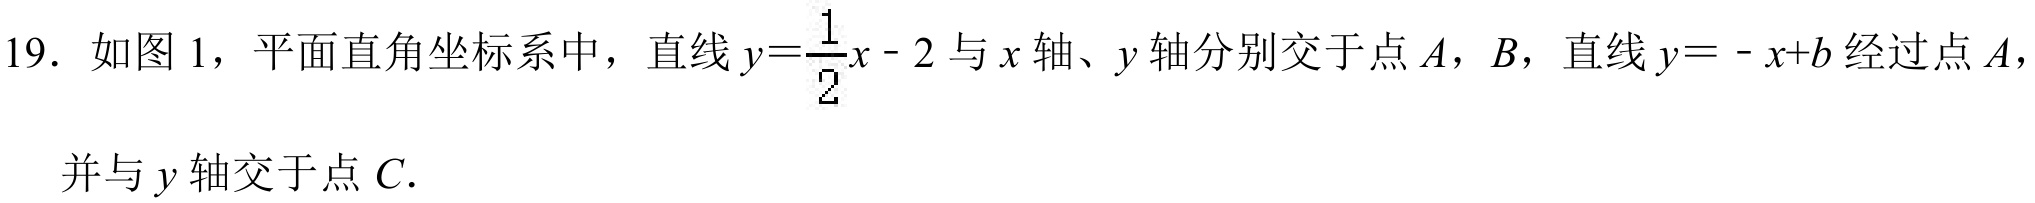
19. 如图 1，平面直角坐标系中，直线\(y = \frac{1}{2}x - 2\)与\(x\)轴、\(y\)轴分别交于点\(A\)，\(B\)，直线\(y=-x + b\)经过点\(A\)，并与\(y\)轴交于点\(C\).